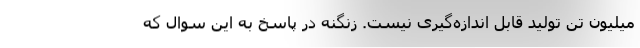
میلیون تن تولید قابل اندازه‌گیری نیست. زنگنه در پاسخ به این سوال که